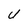
Character: U